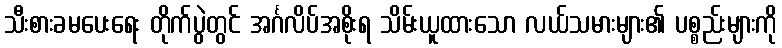
သီးစားခမပေးရေး တိုက်ပွဲတွင် အင်္ဂလိပ်အစိုးရ သိမ်းယူထားသော လယ်သမားများ၏ ပစ္စည်းများကို